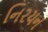
નિરયન